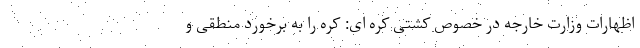
اظهارات وزارت خارجه در خصوص کشتی کره ای: کره را به برخورد منطقی و